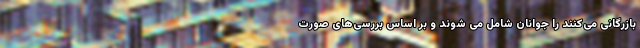
بازرگانی می‌کنند را جوانان شامل می شوند و بر اساس بررسی‌های صورت